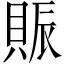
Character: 賑